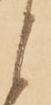
と